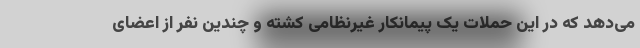
می‌دهد که در این حملات یک پیمانکار غیرنظامی کشته و چندین نفر از اعضای